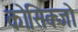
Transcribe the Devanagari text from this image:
कोसिक्जो